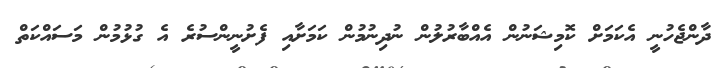
ދާންޖެހުނީ އެކަމަށް ކޮމިޝަނުން އެއްބާރުލުން ނުދިނުމުން ކަމަށާއި ފެށުނީންސުރެ އެ ގުޅުމުން މަސައްކަތް